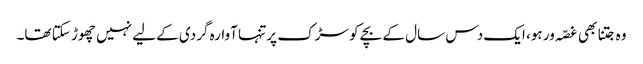
وہ جتنا بھی غصّہ ور ہو، ایک دس سال کے بچے کو سڑک پر تنہا آوارہ گردی کے لیے نہیں چھوڑ سکتا تھا۔